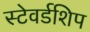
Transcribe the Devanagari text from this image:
स्टेवर्डशिप